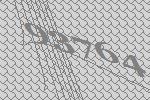
93764